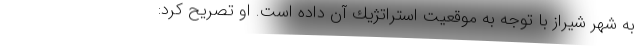
به شهر شيراز با توجه به موقعيت استراتژيك آن داده است. او تصریح کرد: